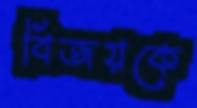
বিজয়কে